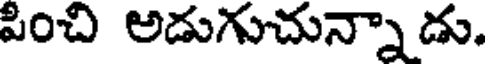
పించి అడుగుచున్నాడు.